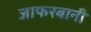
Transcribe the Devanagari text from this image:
जाफरबानी